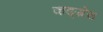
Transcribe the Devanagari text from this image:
कङ्ग्रेस